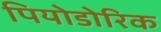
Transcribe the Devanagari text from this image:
पियोडोरिक